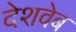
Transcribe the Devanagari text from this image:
देशवेब